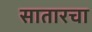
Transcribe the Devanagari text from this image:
सातारचा